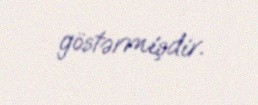
göstərmişdir.